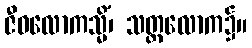
ဇီဝလောကသ္မိံ၊ သတ္တလောက၌။